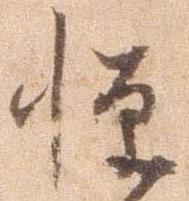
憚